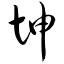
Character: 坤